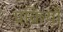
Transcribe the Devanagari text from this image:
प्रक्रियों